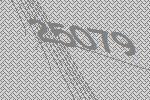
25079